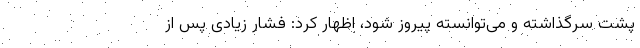
پشت سرگذاشته و می‌توانسته پیروز شود، اظهار کرد: فشار زیادی پس از